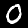
Digit: 0